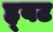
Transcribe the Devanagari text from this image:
ह्र्बट